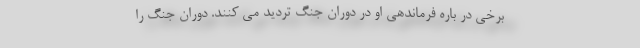
برخی در باره فرماندهی او در دوران جنگ تردید می کنند. دوران جنگ را